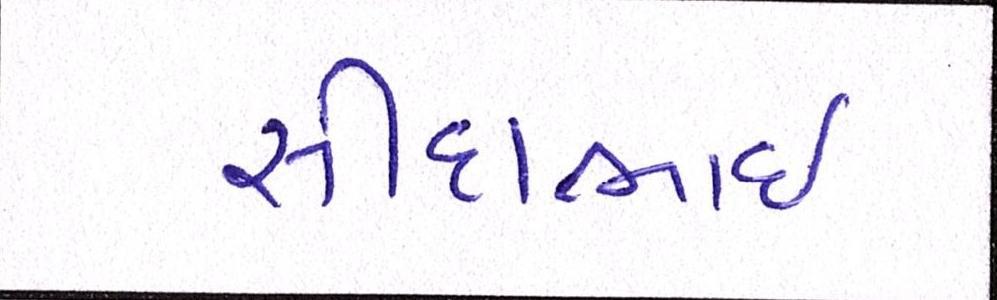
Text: સીદાભાઈ